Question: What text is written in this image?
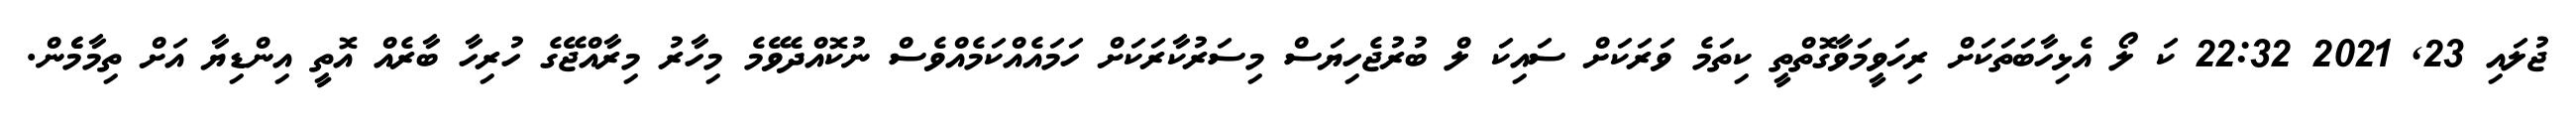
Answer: ޖުލައި 23, 2021 22:32 ކަ ލޯ އެޅިހާބަތަކަށް ރިހަވީމަވާގޮތްތީ ކިތަމެ ވަރަކަށް ސައިކަ ލް ބުރުޖެހިޔަސް މިސަރުކާރަކަށް ހަމައެއްކަމެއްވެސް ނުކޮއްދެވޭމެ މިހާރު މިރާއްޖޭގެ ހުރިހާ ބާރެއް އޮތީ އިންޑިޔާ އަށް ތިމާމެެން.